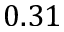
0 . 3 1